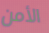
الأمن